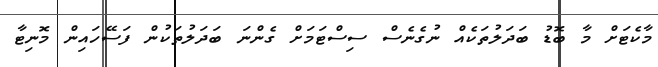
މާކެޓަށް މާ ބޮޑު ބަދަލުތަކެއް ނުގެނެސް ސިސްޓަމަށް ގެންނަ ބަދަލުތަކުން ފަސޭހައިން މޮނިޓާ